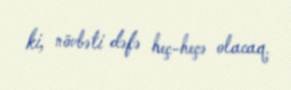
ki, növbəti dəfə heç-heçə olacaq.